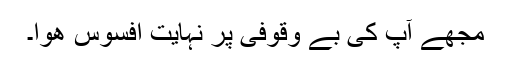
مجھے آپ کی بے وقوفی پر نہایت افسوس ھوا۔